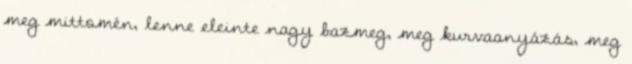
meg mittomén, lenne eleinte nagy bazmeg, meg kurvaanyázás, meg